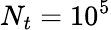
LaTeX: N_{t}=10^{5}